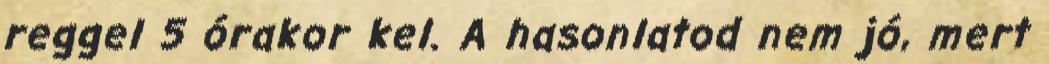
reggel 5 órakor kel. A hasonlatod nem jó, mert